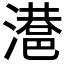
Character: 𣿑